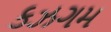
કઝગમ